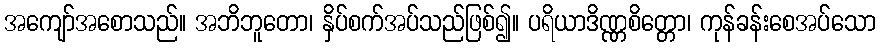
အကျော်အစောသည်။ အဘိဘူတော၊ နှိပ်စက်အပ်သည်ဖြစ်၍။ ပရိယာဒိဏ္ဏစိတ္တော၊ ကုန်ခန်းစေအပ်သော